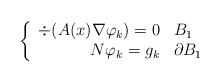
\begin{align*}\left\{\begin{array}{rl}\div(A(x) \nabla \varphi_k) = 0 & B_1\\N \varphi_k = g_k & \partial B_1\end{array}\right.\end{align*}